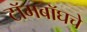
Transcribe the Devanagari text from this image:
टॉमबॉघचे